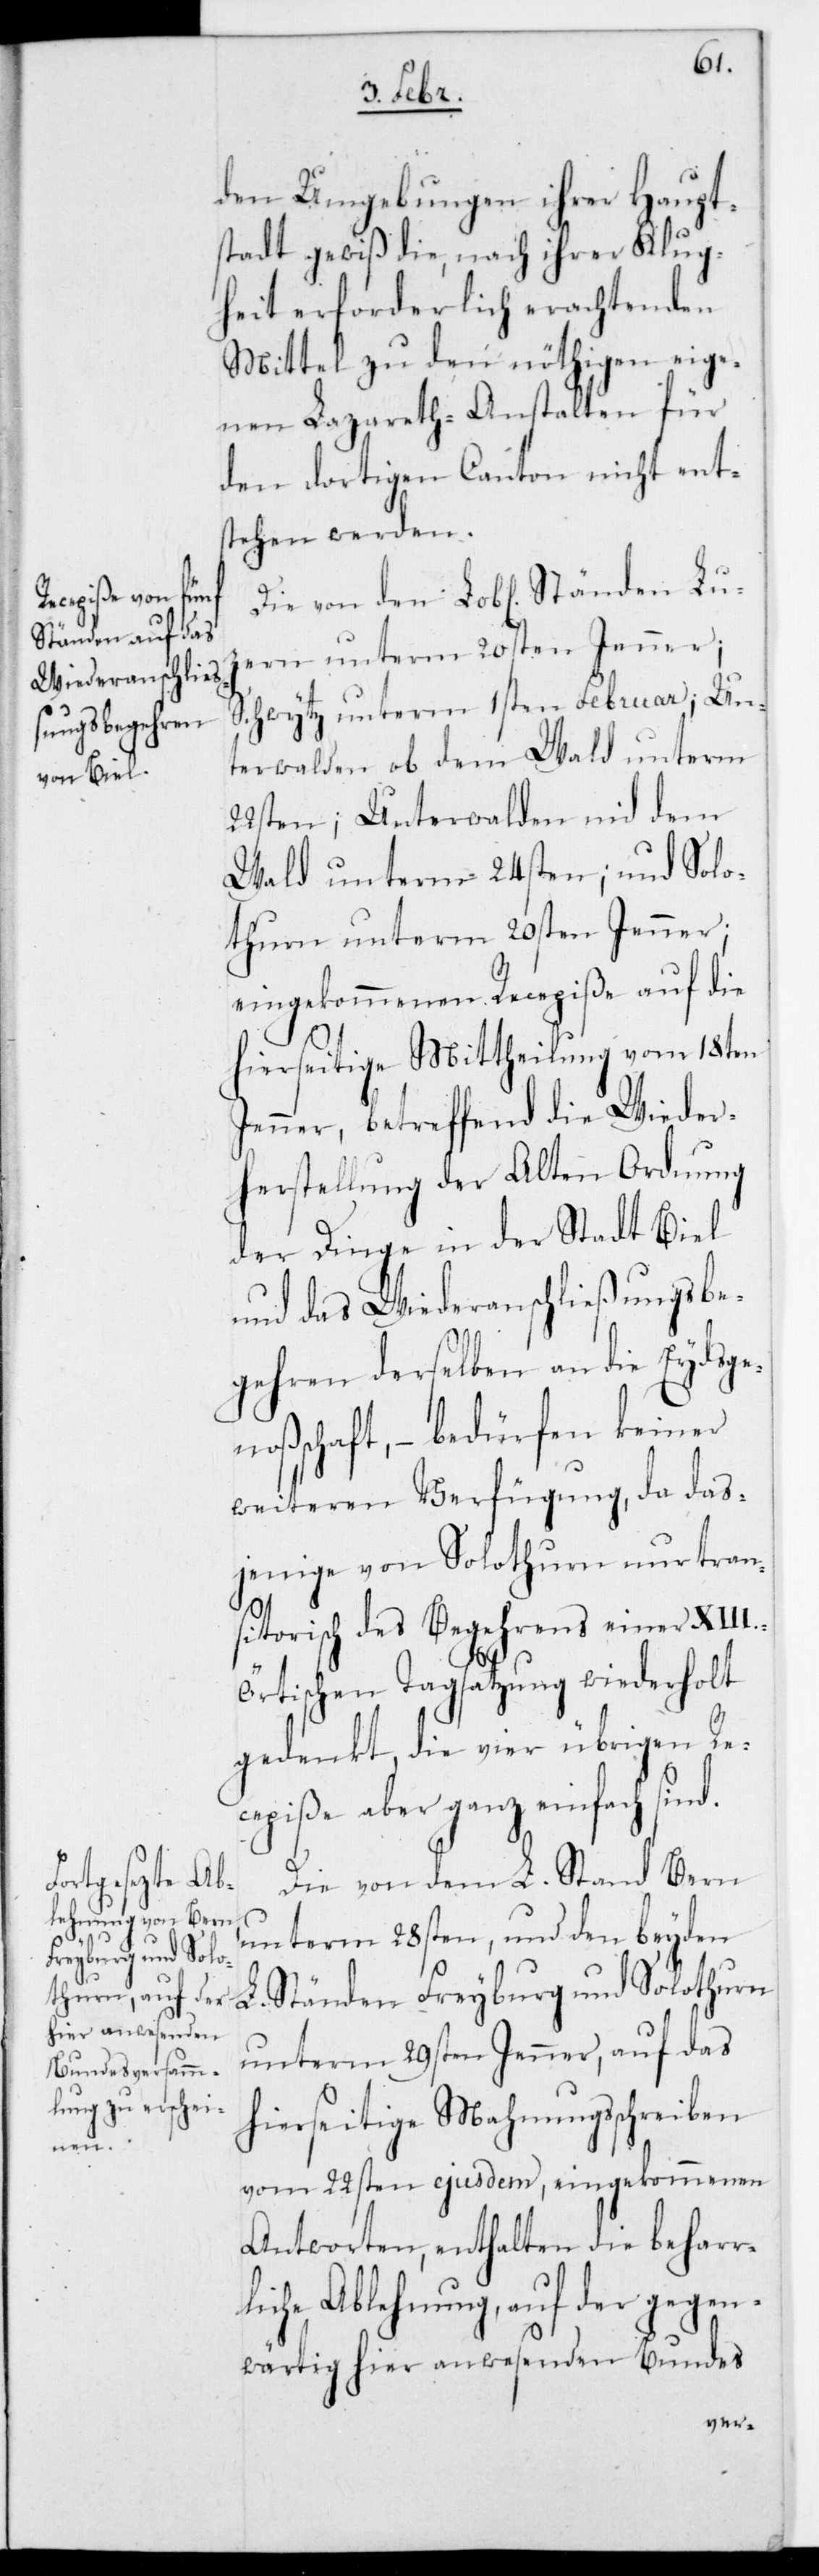
noße¬

den Umgebungen ihrer Haupt¬
stadt gewiß die, nach ihrer Klug¬
heit erforderlich erachtenden
Mittel zu den nöthigen eige¬
nen Lazareth-Anstalten für
den dortigen Canton nicht ent¬
stehen werden.
Die von den Lobl. Ständen Lu¬
zern unterm 20sten Jenner;
Schwyz unterm 1sten Februar; Un¬
terwalden ob dem Wald unterm
22sten; Unterwalden nid dem
Wald unterm 24sten; und Solo¬
thurn unterm 20sten Jenner;
eingekommenen Recepiße auf die
hierseitige Mittheilung vom 18ten
Jenner, betreffend die Wieder¬
herstellung der alten Ordnung
der Dinge in der Stadt Biel
und das Wiederanschließungs-Be¬
gehren derselben an die Eydsge¬
nschaft, – bedürfen keiner
weiteren Verfügung, da das¬
jenige von Solothurn nur tran¬
sitorisch des Begehrens einer XIII.
örtischen Tagsatzung wiederholt
gedenkt, die vier übrigen Re¬
cepiße aber ganz einfach sind.
Die von dem L. Stand Bern
unterm 28sten und den beyden
L. Ständen Freyburg und Solothurn
unterm 29sten Jenner, auf das
hierseitige Mahnungsschreiben
vom 22sten ejusdem, eingekommenen
Antworten, enthalten die beharr¬
liche Ablehnung, auf der gegen¬
wärtig hier anwesenden Bundes-